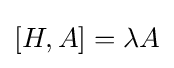
[H,A]=\lambda A